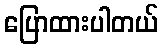
ပြောထားပါတယ်